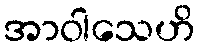
အာဝါသေဟိ